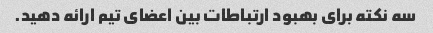
سه نکته برای بهبود ارتباطات بین اعضای تیم ارائه دهید.